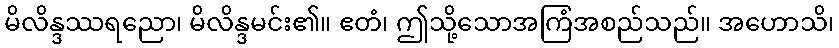
မိလိန္ဒဿရညော၊ မိလိန္ဒမင်း၏။ ဧတံ၊ ဤသို့သောအကြံအစည်သည်။ အဟောသိ၊